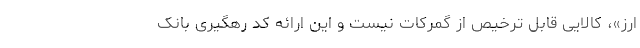
ارز»، کالایی قابل ترخیص از گمرکات نیست و این ارائه کد رهگیری بانک